Civil Veterinary Department Bihar reports 1940-50 - 1940-1950
Year: 1940
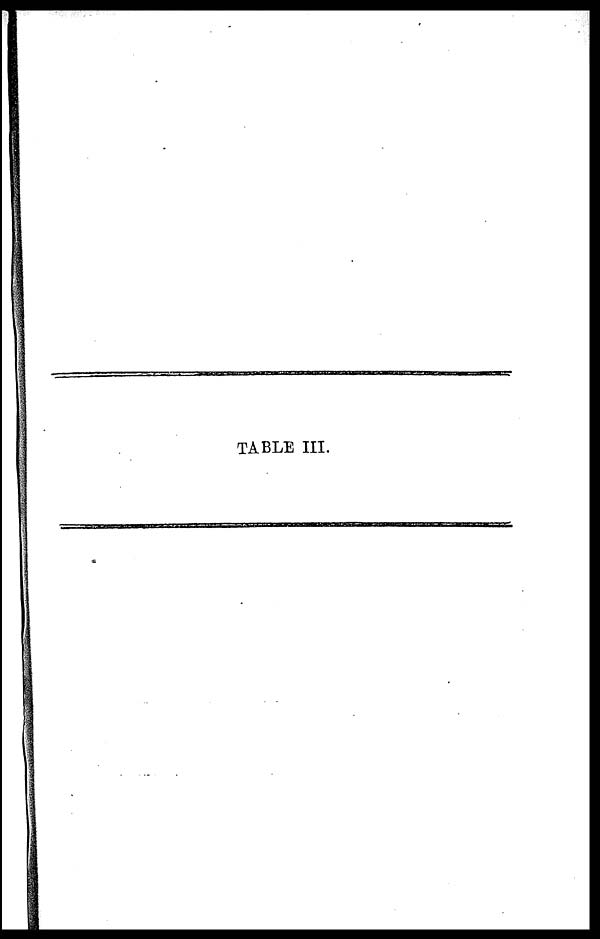
TABLE III.